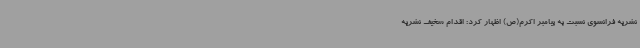
نشریه فرانسوی نسبت به پیامبر اکرم(ص) اظهار کرد: اقدام سخیف نشریه